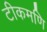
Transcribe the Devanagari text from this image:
टीकमणि